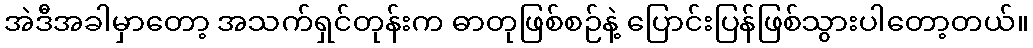
အဲဒီအခါမှာတော့ အသက်ရှင်တုန်းက ဓာတုဖြစ်စဉ်နဲ့ ပြောင်းပြန်ဖြစ်သွားပါတော့တယ်။